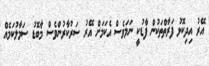
އޭރު އިދިކޮޅު ފަރާތްތަކުން ފާޑުކީ ނަމަވެސް އެކަމަށް އޭރު ސަރުކާރުންވެސް މާބޮޑު ސަމާލުކަމެއް